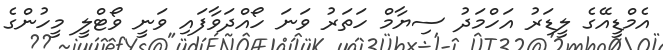
އެމްޑީއޭގެ ލީޑަރު އަހްމަދު ސިޔާމް ހަތަރު ވަނަ ހޯއްދަވާފައި ވަނީ ވޯޓްލީ މީހުންގެ